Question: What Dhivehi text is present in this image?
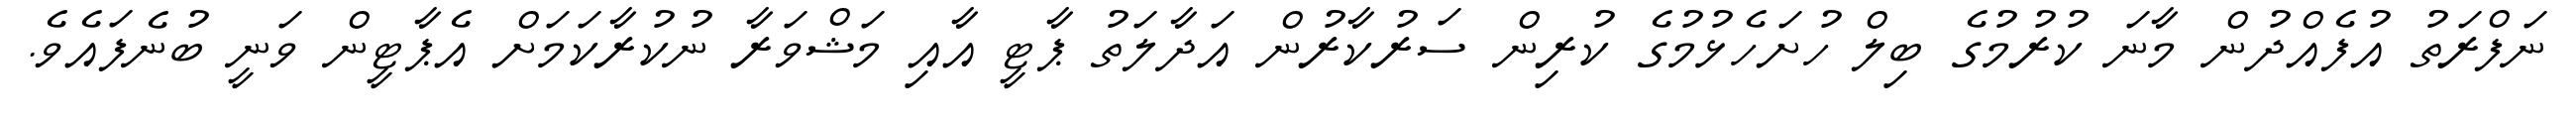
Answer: ނަފްރަތު އުފެއްދުން މާނަ ކުރުމުގެ ބިލް ހުށަހެޅުމުގެ ކުރިން ސަރުކާރުން އަދާލަތު ޕާޓީ އާއި މަޝްވަރާ ނުކުރާކަމަށް އެޕާޓީން ވަނީ ބުނެފައެވެ.